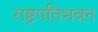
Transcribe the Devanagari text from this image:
राष्ट्रपतिभवन